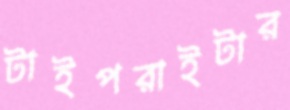
টাইপরাইটার